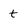
Character: t